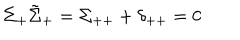
LaTeX: \Sigma _ { + } \tilde { \Sigma } _ { + } = \Sigma _ { + + } + \delta _ { + + } = 0